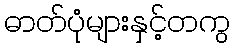
ဓာတ်ပုံများနှင့်တကွ